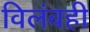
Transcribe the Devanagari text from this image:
विलंबही